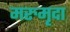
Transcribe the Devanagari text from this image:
मरुमृदा